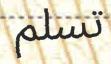
تسلم